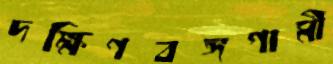
দক্ষিণবঙ্গগামী